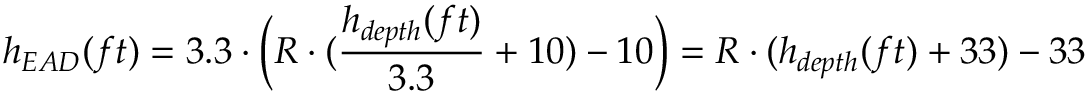
h _ { E A D } ( f t ) = 3 . 3 \cdot { \Bigl ( } R \cdot ( { \frac { h _ { d e p t h } ( f t ) } { 3 . 3 } } + 1 0 ) - 1 0 { \Bigr ) } = R \cdot ( h _ { d e p t h } ( f t ) + 3 3 ) - 3 3